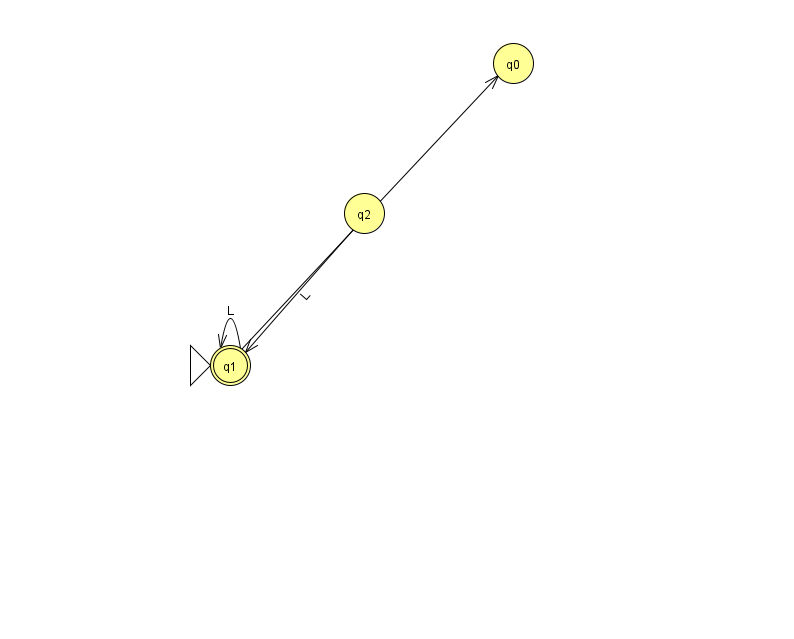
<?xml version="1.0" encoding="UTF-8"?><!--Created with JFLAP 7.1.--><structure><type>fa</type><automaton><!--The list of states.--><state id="0" name="q0"><x>513.0</x><y>50.0</y></state><state id="1" name="q1"><x>230.0</x><y>352.0</y><initial/><final/></state><state id="2" name="q2"><x>364.0</x><y>200.0</y></state><!--The list of transitions.--><transition><from>2</from><to>1</to><read>L</read></transition><transition><from>1</from><to>0</to><read>z</read></transition><transition><from>1</from><to>1</to><read>L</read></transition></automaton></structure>